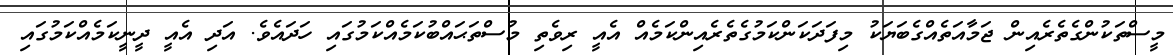
މީސްތަކުންގެތެރެއިން ޖަމާއަތެއްގެބަޔަކު މިފަދަކަންކަމުގެތެރެއިންކަމެއް އެއީ ރިވެތި މުސްތަޙައްބުކަމެއްކަމުގައި ހަދައެވެ. އަދި އެއީ ދީނީކަމެއްކަމުގައި